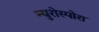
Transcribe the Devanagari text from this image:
न्युरोस्पोरा